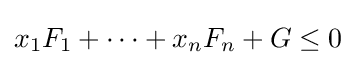
x_{1}F_{1}+\cdots +x_{n}F_{n}+G\leq 0